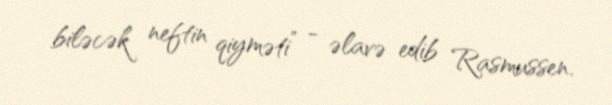
biləcək neftin qiyməti” - əlavə edib Rasmussen.